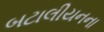
બટાલીયનના